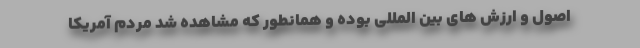
اصول و ارزش های بین المللی بوده و همانطور که مشاهده شد مردم آمریکا